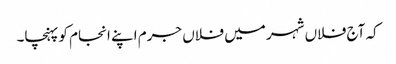
کہ آج فلاں شہر میں فلاں جرم اپنے انجام کو پہنچا۔